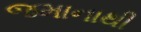
જમાનાથી